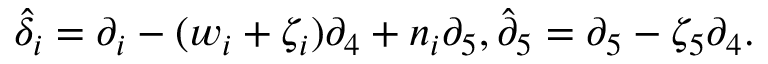
\hat { { \delta } } _ { i } = \partial _ { i } - ( w _ { i } + \zeta _ { i } ) \partial _ { 4 } + n _ { i } \partial _ { 5 } , \hat { { \partial } } _ { 5 } = \partial _ { 5 } - \zeta _ { 5 } \partial _ { 4 } .